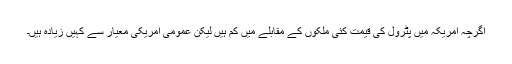
اگرچہ امریکہ میں پٹرول کی قیمت کئی ملکوں کے مقابلے میں کم ہیں لیکن عمومی امریکی معیار سے کہیں زیادہ ہیں۔